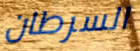
السرطان